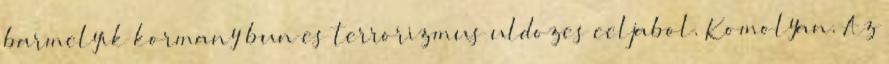
barmelyik kormany bun es terrorizmus uldozes celjabol. Komolyan. Az